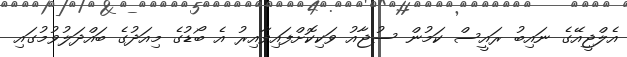
އެލްޖީއޭގެ ނައިބު ރައީސް ކަމުން ސުޖާއު ވަކިކޮށްފައިވާއިރު އެ ބޯޑުގެ މިއަދުގެ ބައްދަލުވުމުގައި